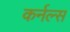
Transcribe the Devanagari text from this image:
कर्नल्‍स